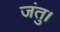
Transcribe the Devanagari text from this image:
जंतु।